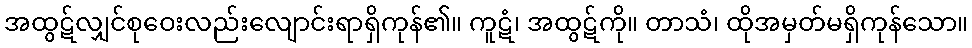
အထွဋ်လျှင်စုဝေးလည်းလျောင်းရာရှိကုန်၏။ ကူဋံ၊ အထွဋ်ကို။ တာသံ၊ ထိုအမှတ်မရှိကုန်သော။